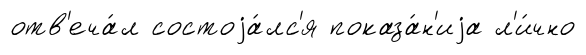
отв'еча́л состоjа́лс'я показа́н'иjа л'и́чно